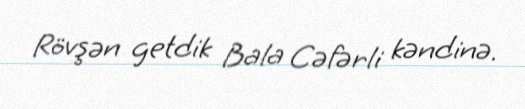
Rövşən getdik Bala Cəfərli kəndinə.